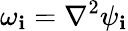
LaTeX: \omega_{\mathbf{i}}=\nabla^{2}\psi_{\mathbf{i}}